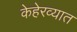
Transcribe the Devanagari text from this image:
केहेरव्यात